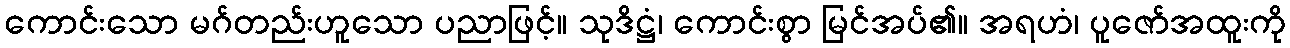
ကောင်းသော မဂ်တည်းဟူသော ပညာဖြင့်။ သုဒိဋ္ဌံ၊ ကောင်းစွာ မြင်အပ်၏။ အရဟံ၊ ပူဇော်အထူးကို